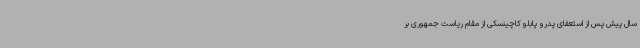
سال پیش پس از استعفای پدرو پابلو کاچینسکی از مقام ریاست جمهوری بر